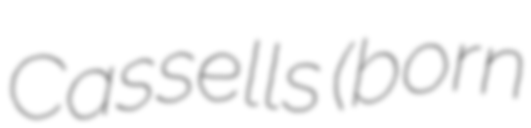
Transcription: Cassells (born